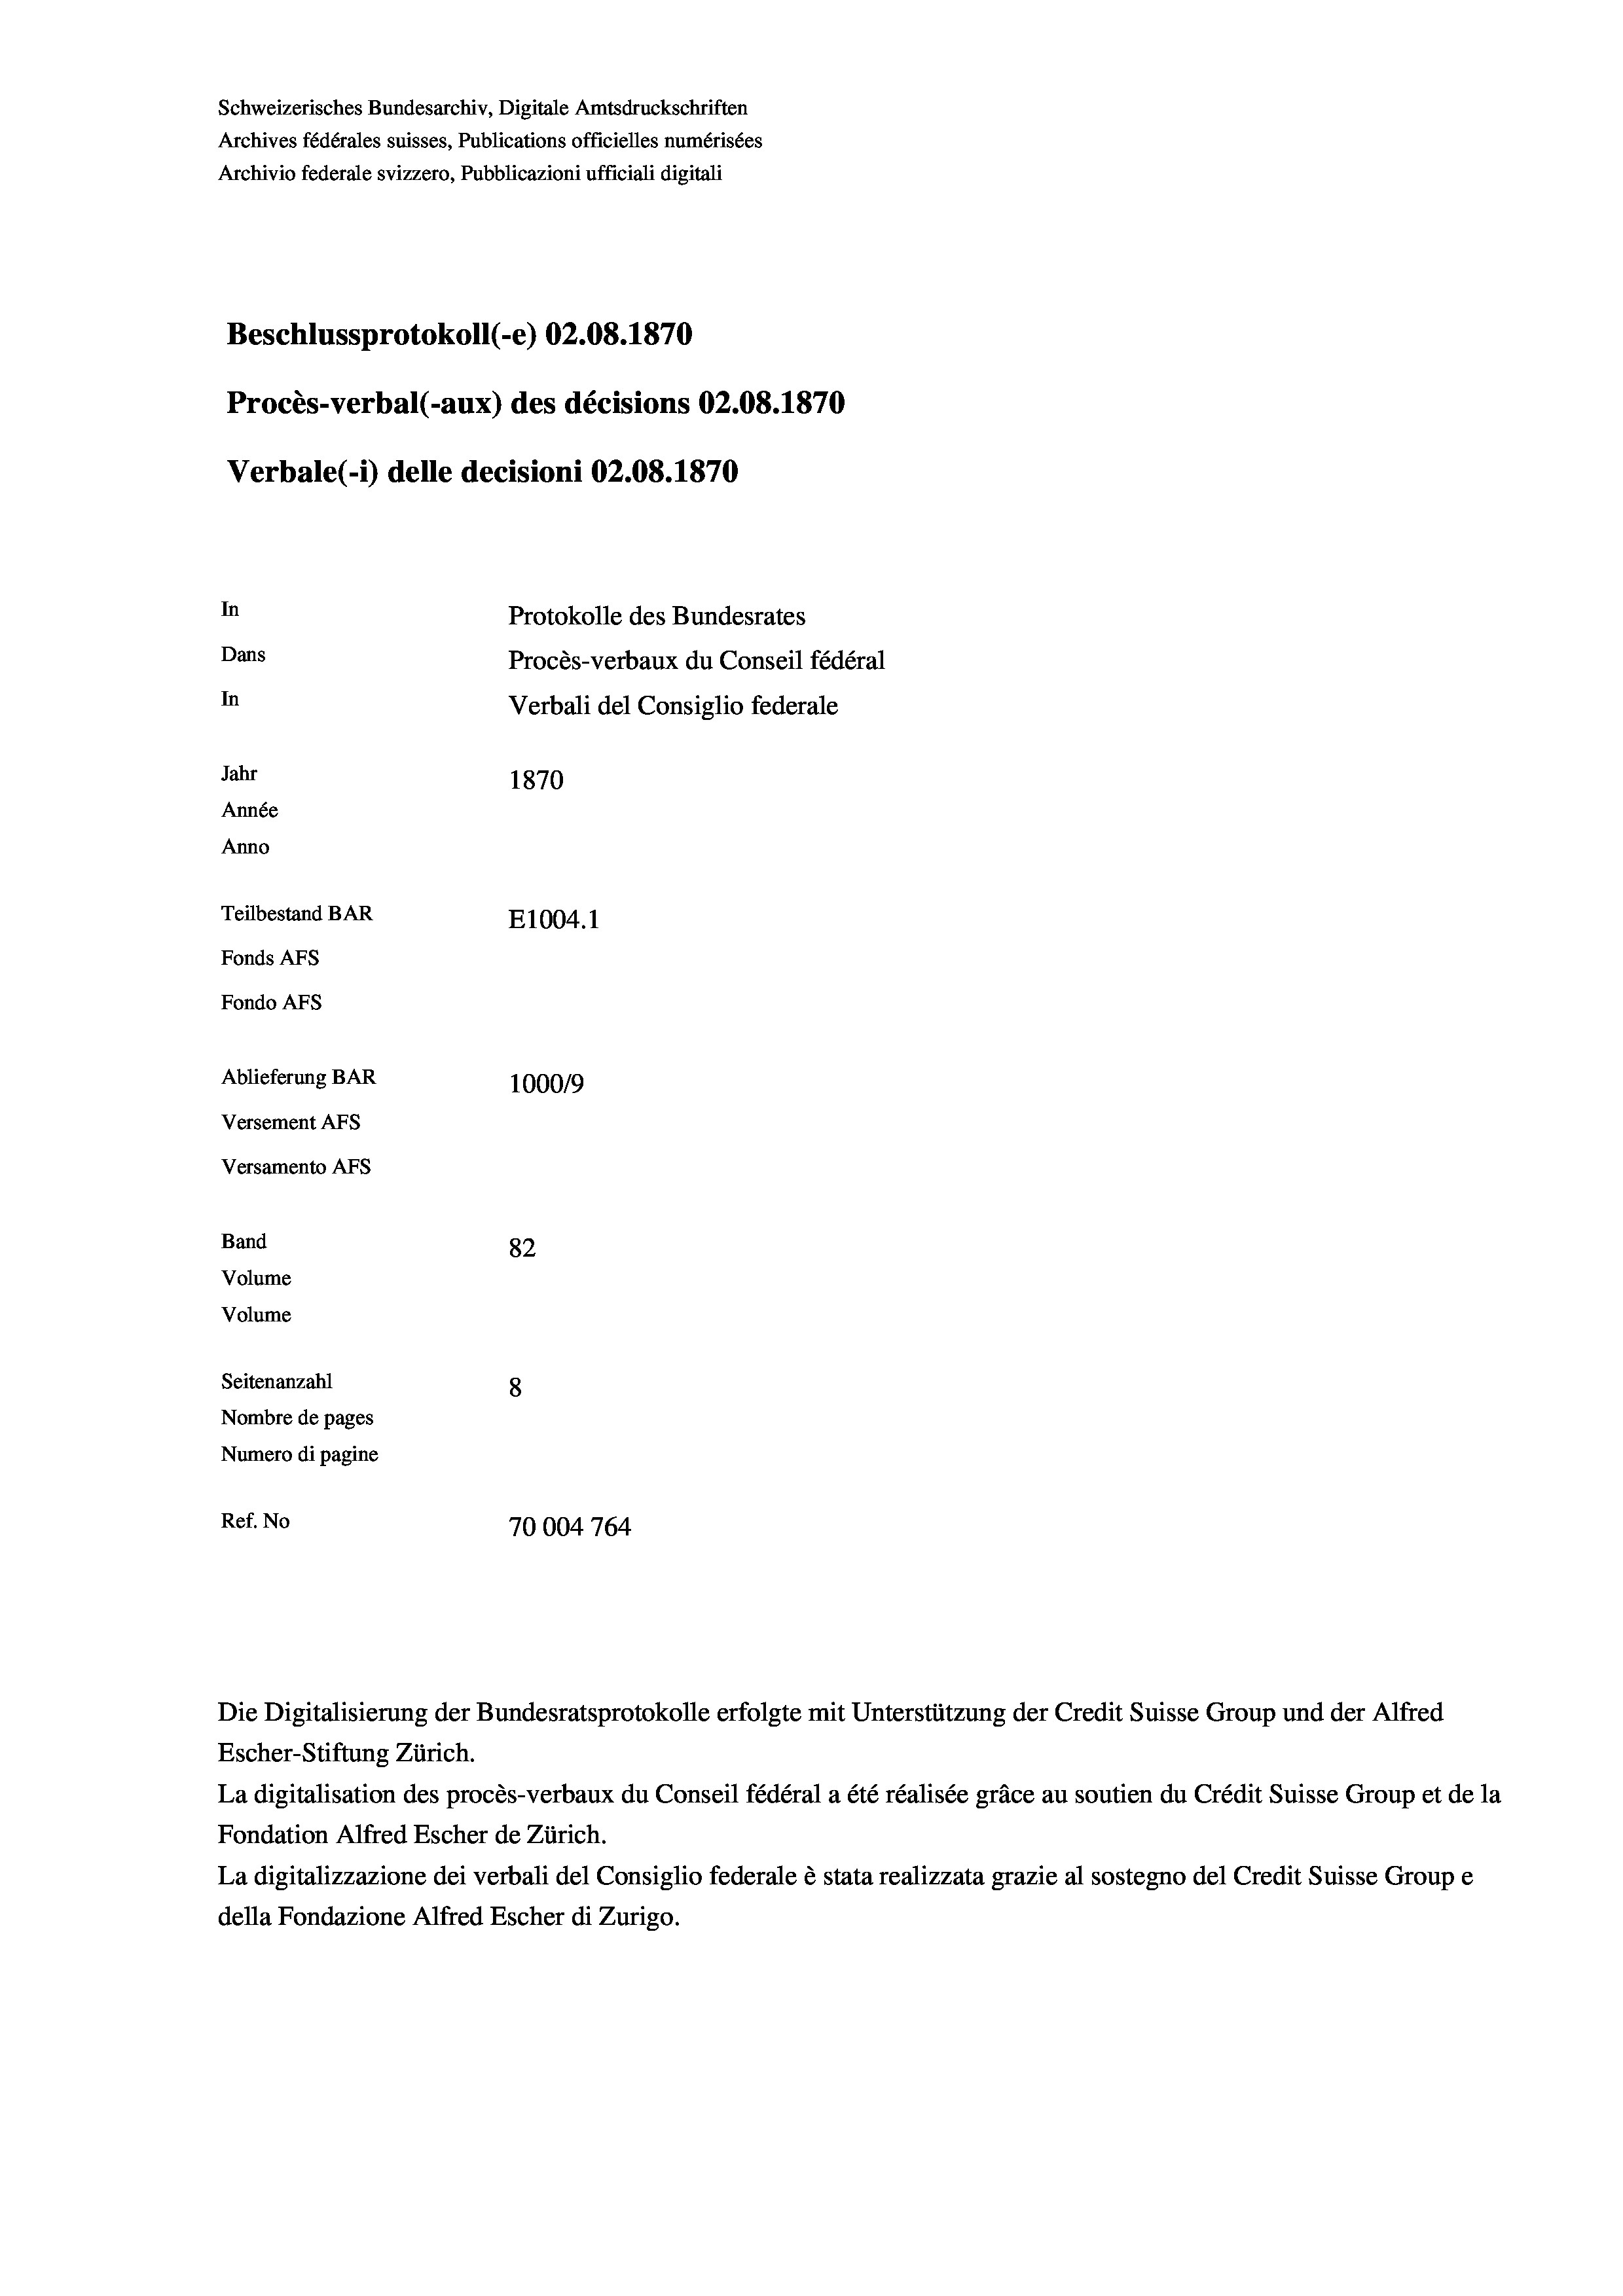
Schweizerisches Bundesarchiv, Digitale Amtsdruckschriften
Archives fédérales suisses, Publications officielles numérisées
Archivio federale svizzero, Pubblicazioni ufficiali digitali
Beschlussprotokoll (-e) 02.08. 1870
Procès-verbal (-aux) des décisions 02.08. 1870
Verbale (1) delle decisioni 02.08. 1870
In
Protokolle des Bundesrates
Dans
Procès-verbaux du Conseil fédéral
In
Verbali del Consiglio federale
Jahr
1870
Année
Anno
Teilbestand BAR
E1004.1
Fonds AFs
Fondo AFs
Ablieferung BAR
100019
Versement AFS
Versamento Afs

Band
Volume
Volume

82
Seitenanzahl
8
Nombre de pages
Numero di pagine
Ref. No
70004764
Die Digitalisierung der Bundesratsprotokolle erfolgte mit Unterstützung der Credit Suisse Group und der Alfred
Escher-Stiftung Zürich.

La digitalisation des procès-verbaux du Conseil fédéral a été réalisée gräce au soutien du Crédit Suisse Group et de la
Fondation Alfred Escher de Zürich.
La digitalizzazione dei verbali del Consiglio federale è stata realizzata grazie al sostegno del Credit Suisse Groupe
della Fondazione Alfred Escher di Zurigo.